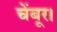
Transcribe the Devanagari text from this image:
चेंबूर।